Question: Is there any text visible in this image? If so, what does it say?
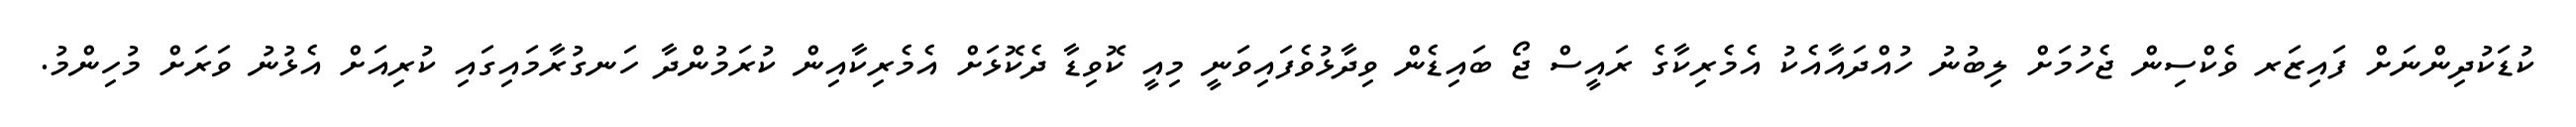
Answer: ކުޑަކުދިންނަށް ފައިޒަރ ވެކްސިން ޖެހުމަށް ލިބުނު ހުއްދައާއެކު އެމެރިކާގެ ރައީސް ޖޯ ބައިޑެން ވިދާޅުވެފައިވަނީ މިއީ ކޮވިޑާ ދެކޮޅަށް އެމެރިކާއިން ކުރަމުންދާ ހަނގުރާމައިގައި ކުރިއަށް އެޅުނު ވަރަށް މުހިންމު.